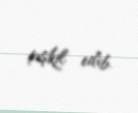
təşkil edib.